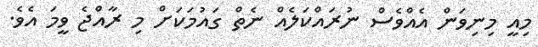
މިއީ މިނިވަން އެއްވެސް ނުރައްކަލެއް ނެތް ގައުމަކަށް މި ރާއްޖެ ވީމަ އެވެ.